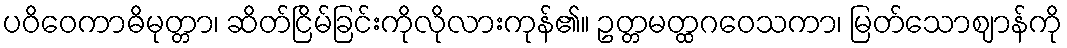
ပဝိဝေကာဓိမုတ္တာ၊ ဆိတ်ငြိမ်ခြင်းကိုလိုလားကုန်၏။ ဥတ္တမတ္ထဂဝေသကာ၊ မြတ်သောဈာန်ကို